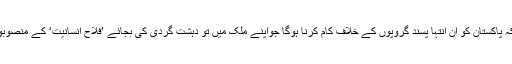
امریکہ کے بعد برکس کے پلیٹ فارم سے چین اور روس نے بھی یہ واضح کردیا ہے کہ پاکستان کو ان انتہا پسند گروپوں کے خلاف کام کرنا ہوگا جواپنے ملک میں تو دہشت گردی کی بجائے ’فلاح انسانیت‘ کے منصوبوں پر عمل کرتے ہیں لیکن ہمسایہ ملکوں میں دہشت گردی کرنے میں سرگرم رہے ہیں۔